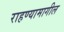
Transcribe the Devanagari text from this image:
राहण्यामागील